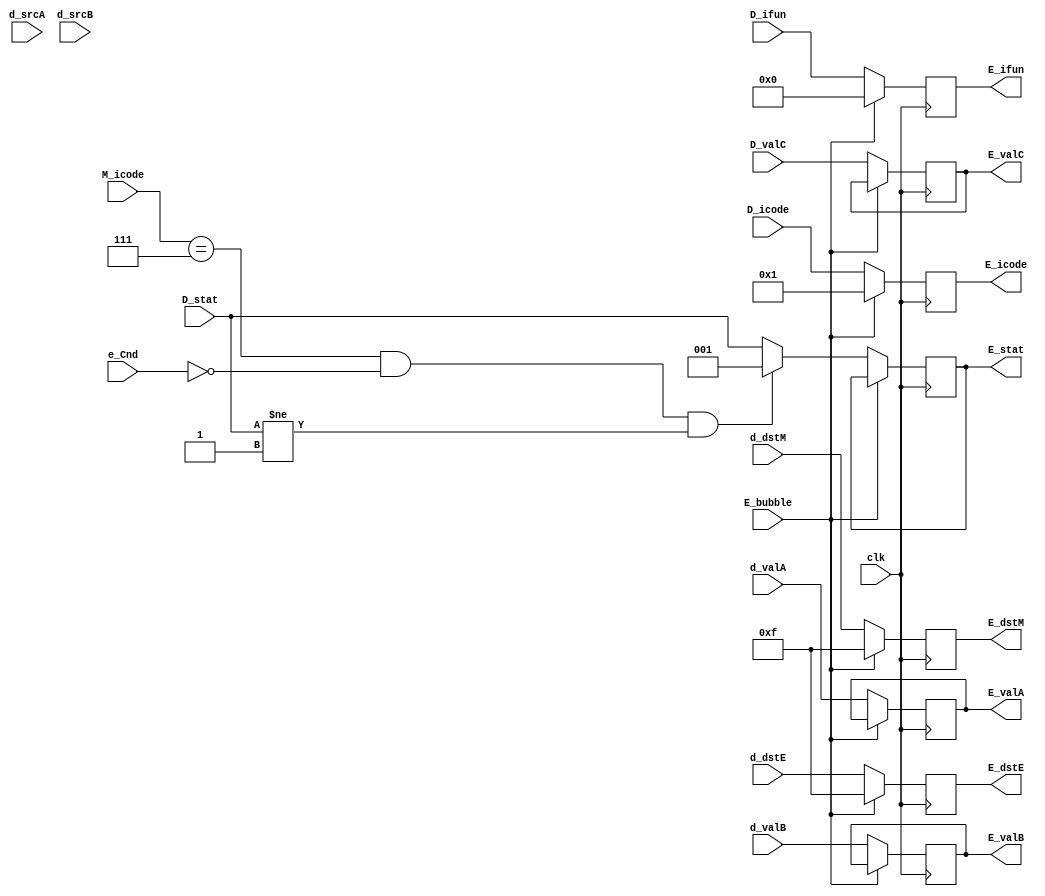
module e_reg(clk,E_bubble,D_icode,D_ifun,D_valC,d_valA,d_valB,d_dstE,d_dstM,d_srcA,d_srcB,D_stat,E_stat,E_icode,E_ifun,E_valC,E_valA,E_valB,E_dstE,E_dstM,M_icode,e_Cnd);
input clk,E_bubble,e_Cnd;
input [2:0] D_stat;
input [3:0] D_icode,D_ifun,d_dstE,d_dstM,d_srcA,d_srcB,M_icode;
input [63:0] D_valC,d_valA,d_valB;

output reg [2:0]E_stat;
output reg [3:0]E_icode,E_ifun;
output reg [63:0]E_valC,E_valB,E_valA;
output reg[3:0]  E_dstE ,E_dstM;

// initial begin 
//     E_stat = 3'd1;
// end
always@(posedge(clk))begin
    
    
    if(E_bubble == 1)begin
        E_icode<=4'h1;
        E_ifun<=4'h0;
        E_dstE<=4'hF;
        E_dstM<=4'hF;
    end
    else begin // not bubble
    if(M_icode==7 && e_Cnd==0 && D_stat!=1)
                E_stat <=4'h1;
    else begin
        E_stat <= D_stat ;
    end
        E_icode<=D_icode;
        E_ifun<=D_ifun;
        E_dstE<=d_dstE;
        E_dstM<=d_dstM;
        E_valA <= d_valA ;
        E_valB <=d_valB ;
        E_valC <= D_valC ;
    

        
    end
end


endmodule